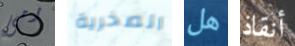
رمى الصخرية هل أنقاذ